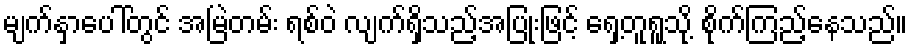
မျက်နှာပေါ်တွင် အမြဲတမ်း ရစ်ဝဲ လျက်ရှိသည့်အပြုံးဖြင့် ရှေ့တူရူသို့ စိုက်ကြည့်နေသည်။